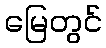
မြေတွင်